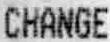
CHANGE